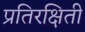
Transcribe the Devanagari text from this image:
प्रतिरक्षिती